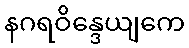
နဂရဝိန္ဒေယျကေ